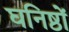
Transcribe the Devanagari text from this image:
घनिष्ठों